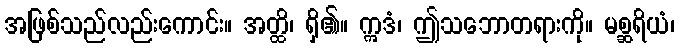
အဖြစ်သည်လည်းကောင်း။ အတ္ထိ၊ ရှိ၏။ ဣဒံ၊ ဤသဘောတရားကို။ မစ္ဆရိယံ၊